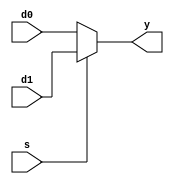
// mux2
module mux2_5bits #(parameter WIDTH = 5)
             (d0, d1,
              s, y);
              
    input  [WIDTH-1:0] d0, d1;
    input              s;
    output [WIDTH-1:0] y;
              
    assign y = ( s == 1'b1 ) ? d1:d0;
    
endmodule

module mux2_32bits #(parameter WIDTH = 32)
             (d0, d1,
              s, y);
              
    input  [WIDTH-1:0] d0, d1;
    input              s;
    output [WIDTH-1:0] y;
              
    assign y = ( s == 1'b1 ) ? d1:d0;
    
endmodule

// mux8
module mux8 #(parameter WIDTH = 8)
             (d0, d1, d2, d3,
              d4, d5, d6, d7,
              s, y);
    
    input  [WIDTH-1:0] d0, d1, d2, d3;
    input  [WIDTH-1:0] d4, d5, d6, d7;
    input  [2:0]       s;
    output [WIDTH-1:0] y;
    
    reg [WIDTH-1:0] y_r;
    
    always @( * ) begin
        case ( s )
            3'd0: y_r = d0;
            3'd1: y_r = d1;
            3'd2: y_r = d2;
            3'd3: y_r = d3;
            3'd4: y_r = d4;
            3'd5: y_r = d5;
            3'd6: y_r = d6;
            3'd7: y_r = d7;
            default: ;
        endcase
    end // end always
    
    assign y = y_r;
    
endmodule

// mux16
module mux16 #(parameter WIDTH = 8)
             (d0, d1, d2, d3,
              d4, d5, d6, d7,
              d8, d9, d10, d11,
              d12, d13, d14, d15,
              s, y);
    
    input [WIDTH-1:0] d0, d1, d2, d3;
    input [WIDTH-1:0] d4, d5, d6, d7;
    input [WIDTH-1:0] d8, d9, d10, d11;
    input [WIDTH-1:0] d12, d13, d14, d15;
    input [3:0] s;
    output [WIDTH-1:0] y;
    
    reg [WIDTH-1:0] y_r;
    
    always @( * ) begin
        case ( s )
            4'd0:  y_r = d0;
            4'd1:  y_r = d1;
            4'd2:  y_r = d2;
            4'd3:  y_r = d3;
            4'd4:  y_r = d4;
            4'd5:  y_r = d5;
            4'd6:  y_r = d6;
            4'd7:  y_r = d7;
            4'd8:  y_r = d8;
            4'd9:  y_r = d9;
            4'd10: y_r = d10;
            4'd11: y_r = d11;
            4'd12: y_r = d12;
            4'd13: y_r = d13;
            4'd14: y_r = d14;
            4'd15: y_r = d15;
            default: ;
        endcase
    end // end always
    
    assign y = y_r;
    
endmodule